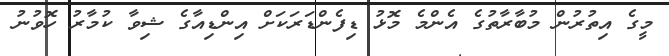
މީގެ އިތުރުން މުބާރާތުގެ އެންމެ މޮޅު ޑިފެންޑަރަކަށް އިންޑިއާގެ ޝިވާ ކުމާރު ހޮވުނު